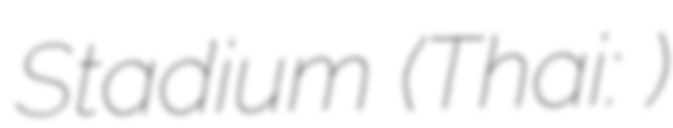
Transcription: Stadium (Thai: สนามกีฬาโรงเรียนอัสสัมชัญศรีราชา)